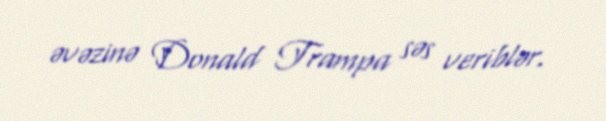
əvəzinə Donald Trampa səs veriblər.